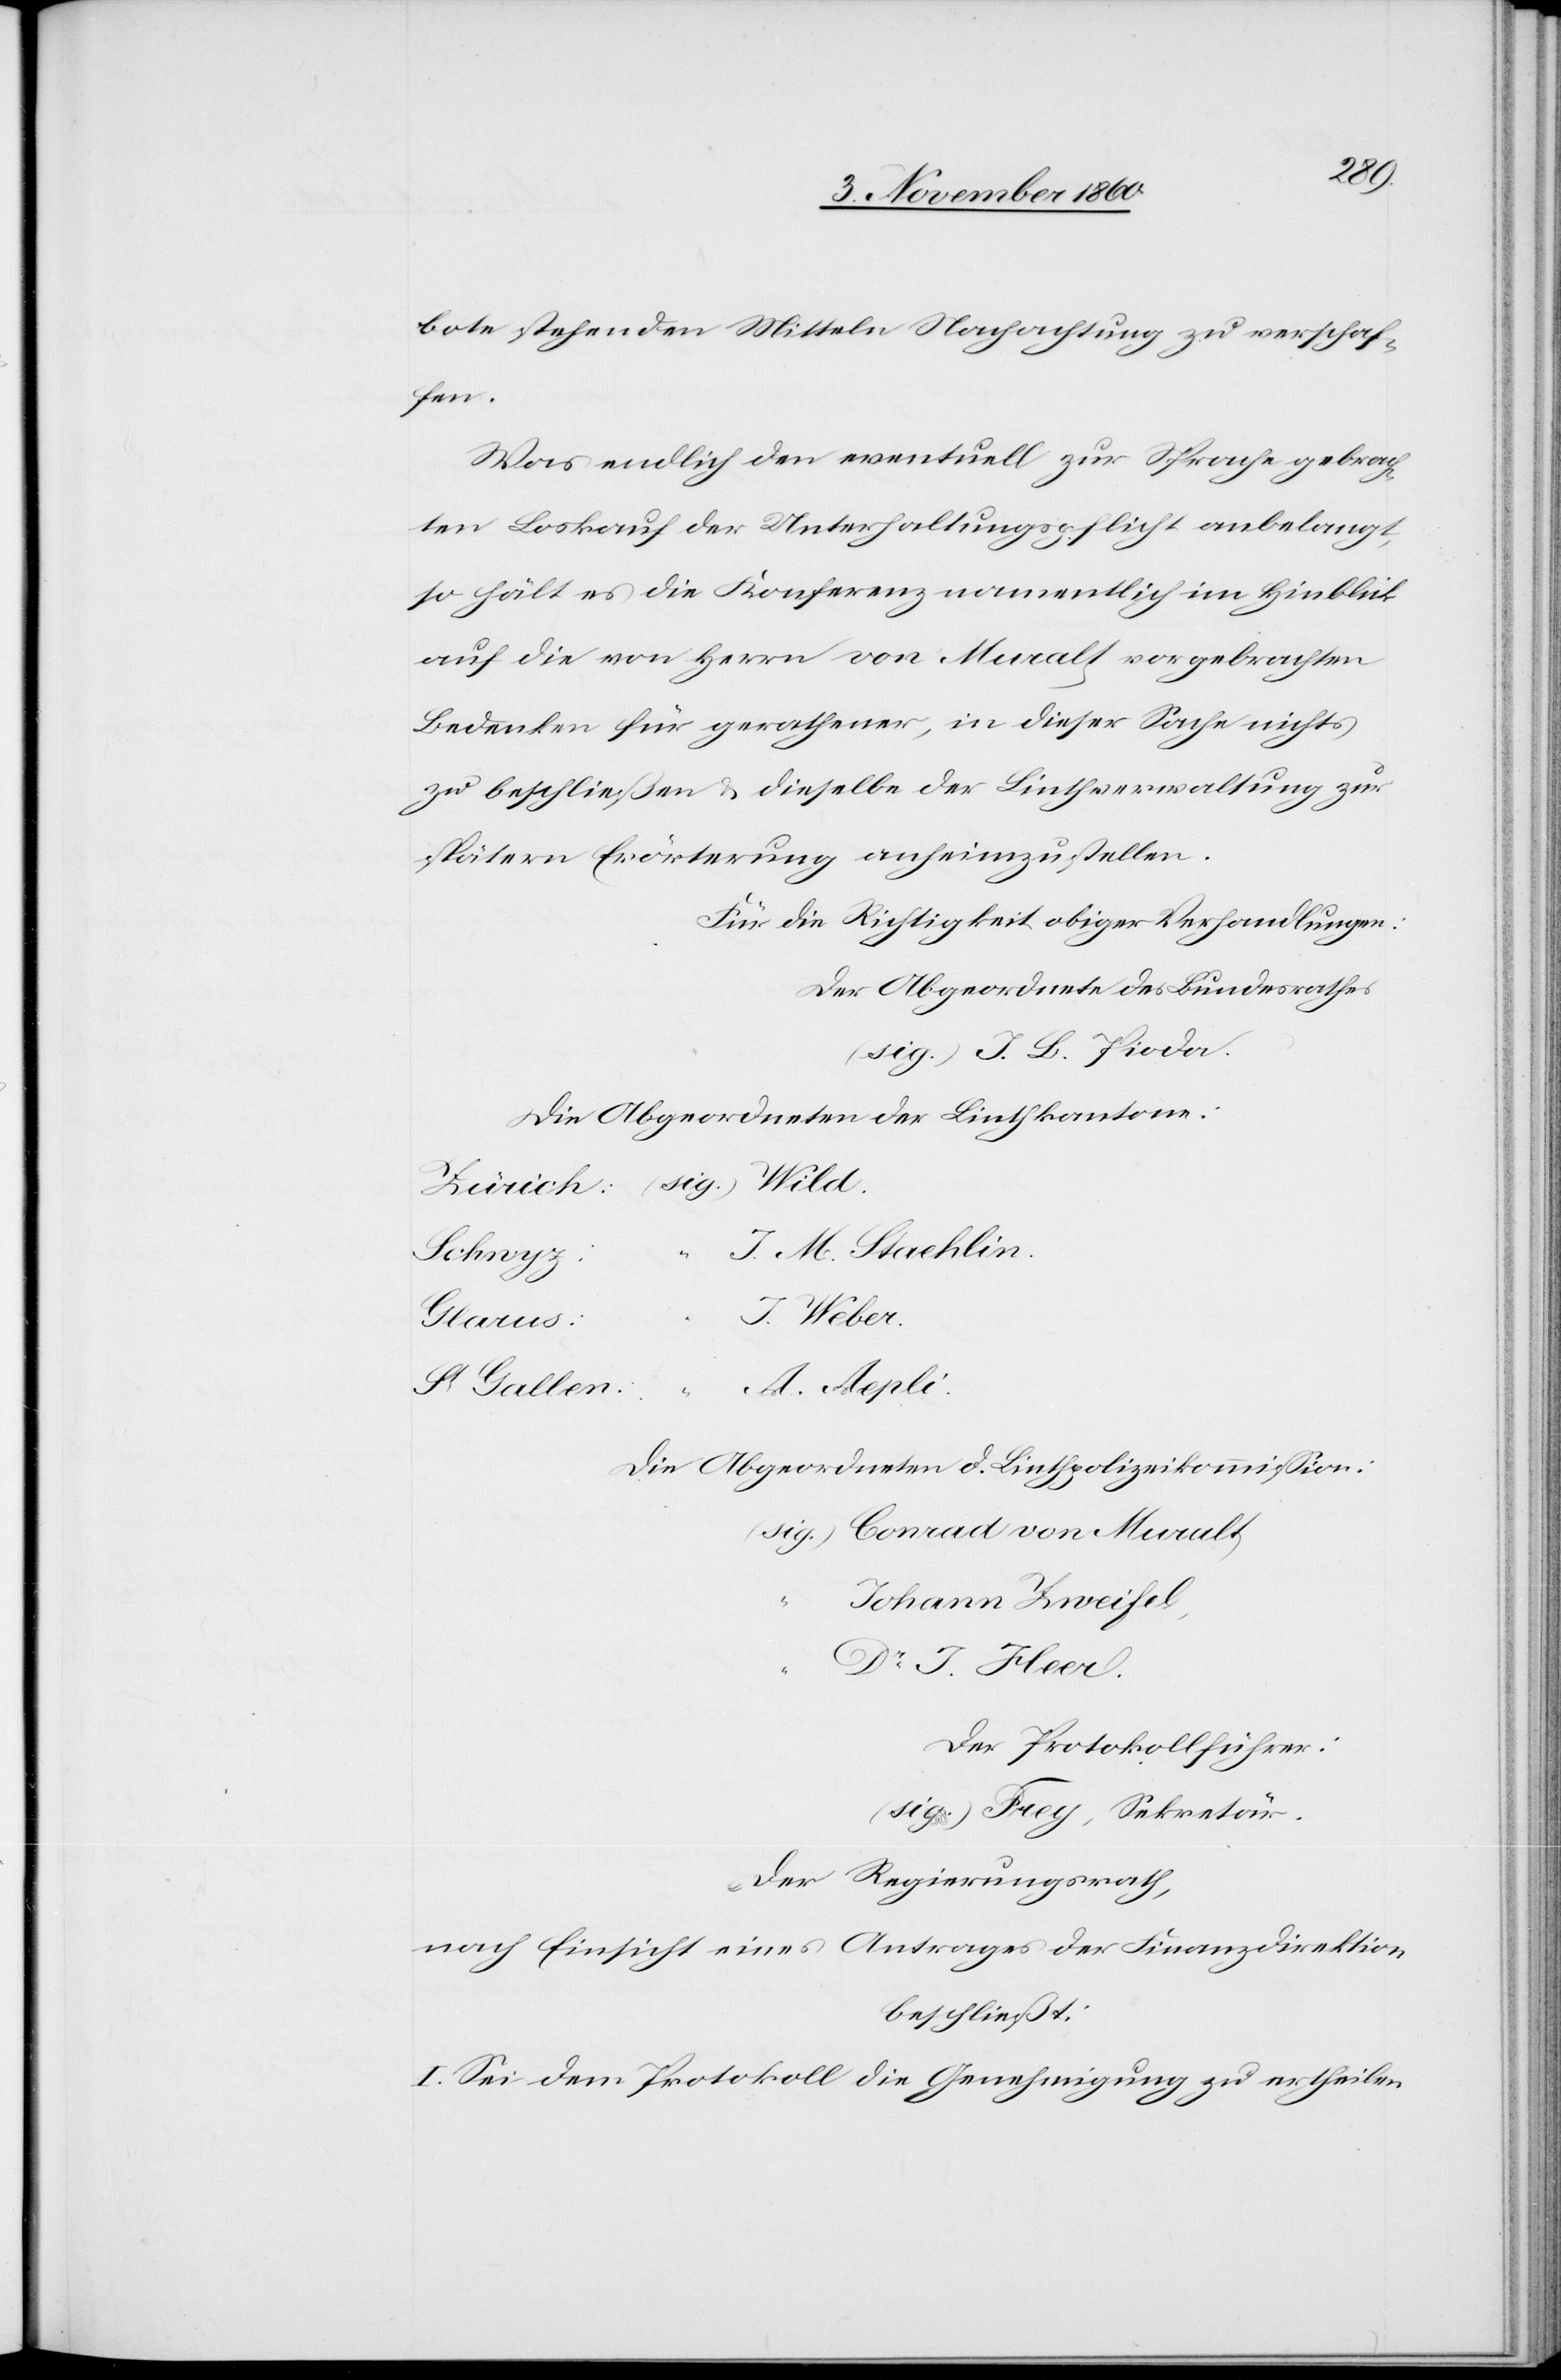
Wild.
bote stehenden Mitteln Nachachtung zu verschaf¬
fen.
Was endlich den eventuell zur Sprache gebrach¬
ten Loskauf der Unterhaltungspflicht anbelangt,
so hält es die Konferenz namentlich im Hinblick
auf die von Herrn von Muralt vorgebrachten
Bedenken für gerathener, in dieser Sache nichts
zu beschließen u. dieselbe der Linthverwaltung zur
spätern Erörterung anheimzustellen.
Für die Richtigkeit obiger Verhandlungen:
Der Abgeordnete des Bundesrathes
(sig.) J. B. Pioda
Die Abgeordneten der Linthkantone:
J. M. Staehlin.
J. Weber.
St. Gallen:	 “ A. Aepli.
Die Abgeordneten d. Linthpolizeikommission:
(sig.) Conrad von Muralt.
Johann Zweifel.
Dr J. Heer
Der Protokollführer:
(sig.) Frey, Sekretär.
Der Regierungsrath,
nach Einsicht eines Antrages der Finanzdirektion
beschließt:
I. Sei dem Protokoll die Genehmigung zu ertheilen